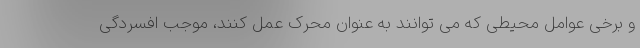
و برخی عوامل محیطی که می توانند به عنوان محرک عمل کنند، موجب افسردگی